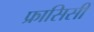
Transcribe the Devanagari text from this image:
फ्रासिसी